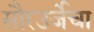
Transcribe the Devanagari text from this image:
सौरउर्जेचा